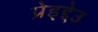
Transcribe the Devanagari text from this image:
प्रेइद्देउ